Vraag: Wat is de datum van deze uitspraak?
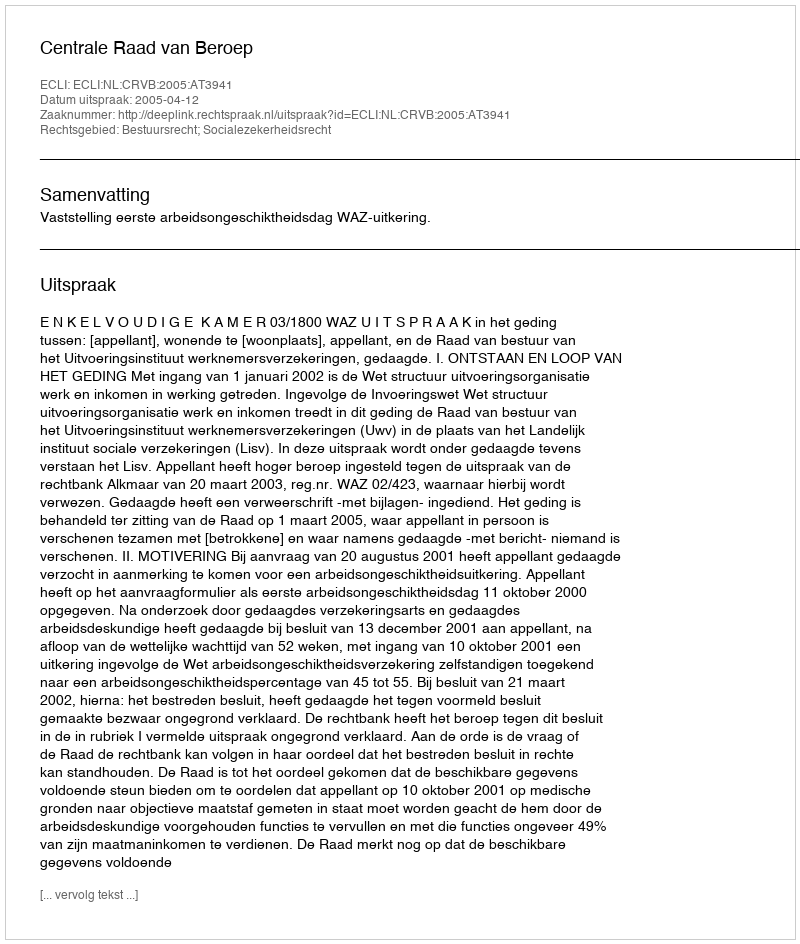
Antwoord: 2005-04-12